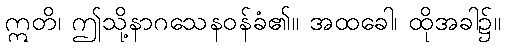
ဣတိ၊ ဤသို့နာဂသေနဝန်ခံ၏။ အထခေါ၊ ထိုအခါ၌။